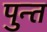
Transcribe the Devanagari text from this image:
पुन्त